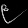
Digit: ၉